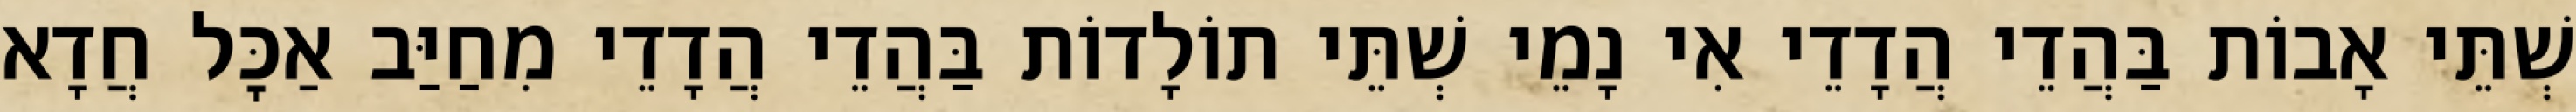
שְׁתֵּי אָבוֹת בַּהֲדֵי הֲדָדֵי אִי נָמֵי שְׁתֵּי תוֹלָדוֹת בַּהֲדֵי הֲדָדֵי מִחַיַּב אַכׇּל חֲדָא